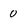
Character: 0